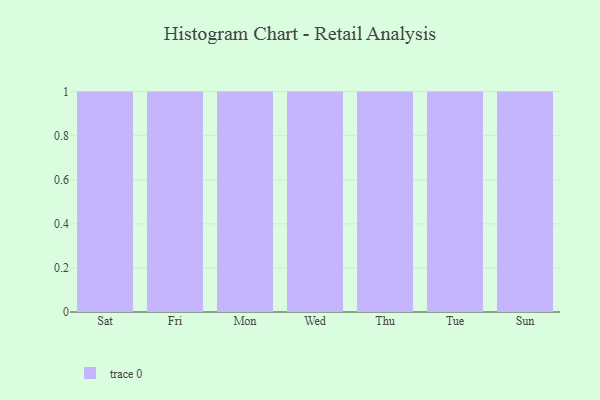
{"axis": {"x": "Day", "y": "Revenue (USD Million)"}, "legend": [""], "data": [{"x": "Sat", "y": 56, "type": ""}, {"x": "Fri", "y": 53, "type": ""}, {"x": "Mon", "y": 89, "type": ""}, {"x": "Wed", "y": 76, "type": ""}, {"x": "Thu", "y": 7, "type": ""}, {"x": "Tue", "y": 19, "type": ""}, {"x": "Sun", "y": 89, "type": ""}]}